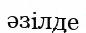
әзілде